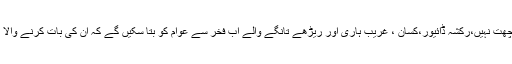
انہوں نے کہا کہ میںپاکستان کے ان لوگوں کا نمائندہ ہوں جن کے سر پر چھت نہیں،رکشہ ڈائیور،کسان ، غریب ہاری اور ریڑھے تانگے والے اب فخر سے عوام کو بتا سکیں گے کہ ان کی بات کرنے والا اور کسی غریب کا بیٹا بھی ملک کے ایوان بالا کا رکن منتخب ہوگیا ہے ۔